Indian journal of veterinary science and animal husbandry - Volume 7,
Year: 1937
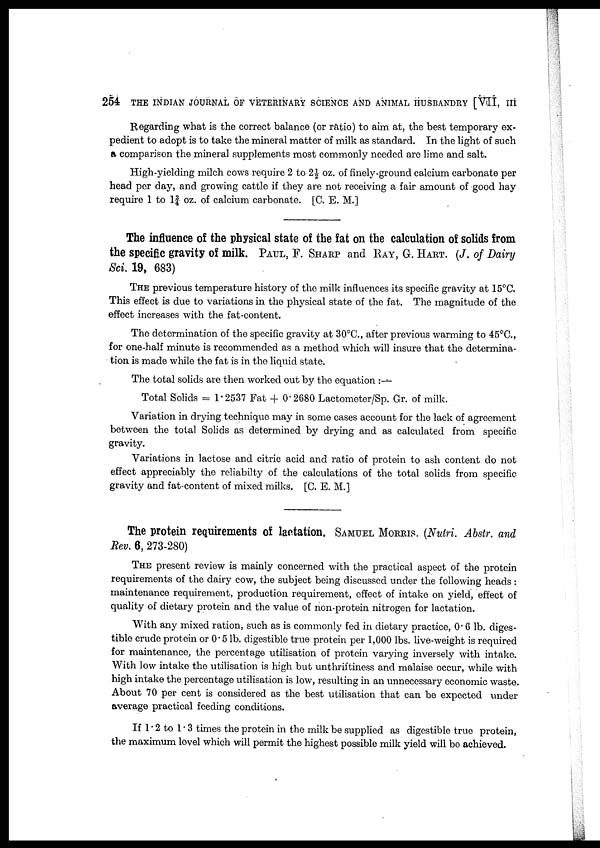
254 THE INDIAN JOURNAL OF VETERINARY SCIENCE AND ANIMAL HUSBANDRY [VII, III
Regarding what is the correct balance (or ratio) to aim at, the best temporary ex-
pedient to adopt is to take the mineral matter of milk as standard. In the light of such
a comparison the mineral supplements most commonly needed are lime and salt.
High-yielding milch cows require 2 to 2½ oz. of finely-ground calcium carbonate per
head per day, and growing cattle if they are not receiving a fair amount of good hay
require 1 to 1¾ oz. of calcium carbonate. [C. E. M.]
The influence of the physical state of the fat on the calculation of solids from
the specific gravity of milk. PAUL, F. SHARP and RAY, G. HART. (J. of Dairy
Sci. 19, 683)
THE previous temperature history of the milk influences its specific gravity at 15°C.
This effect is due to variations in the physical state of the fat. The magnitude of the
effect increases with the fat-content.
The determination of the specific gravity at 30°C., after previous warming to 45°C.,
for one-half minute is recommended as a method which will insure that the determina-
tion is made while the fat is in the liquid state.
The total solids are then worked out by the equation :—
Total Solids = 1.2537 Fat + 0.2680 Lactometer/Sp. Gr. of milk.
Variation in drying technique may in some cases account for the lack of agreement
between the total Solids as determined by drying and as calculated from specific
gravity.
Variations in lactose and citric acid and ratio of protein to ash content do not
effect appreciably the reliabilty of the calculations of the total solids from specific
gravity and fat-content of mixed milks. [C. E. M.]
The protein requirements of lactation. SAMUEL MORRIS. (Nutri. Abstr. and
Rev. 6, 273-280)
THE present review is mainly concerned with the practical aspect of the protein
requirements of the dairy cow, the subject being discussed under the following heads :
maintenance requirement, production requirement, effect of intake on yield, effect of
quality of dietary protein and the value of non-protein nitrogen for lactation.
With any mixed ration, such as is commonly fed in dietary practice, 0.6 lb. diges-
tible crude protein or 0.5 lb. digestible true protein per 1,000 lbs. live-weight is required
for maintenance, the percentage utilisation of protein varying inversely with intake.
With low intake the utilisation is high but unthriftiness and malaise occur, while with
high intake the percentage utilisation is low, resulting in an unnecessary economic waste.
About 70 per cent is considered as the best utilisation that can be expected under
average practical feeding conditions.
If 1.2 to 1.3 times the protein in the milk be supplied as digestible true protein,
the maximum level which will permit the highest possible milk yield will be achieved.